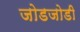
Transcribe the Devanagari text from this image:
जोडजोडी